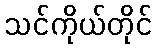
သင်ကိုယ်တိုင်